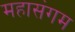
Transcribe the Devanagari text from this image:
महासंगम